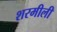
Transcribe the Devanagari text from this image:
शरमीली